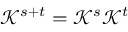
\mathcal { K } ^ { s + t } = \mathcal { K } ^ { s } \mathcal { K } ^ { t }